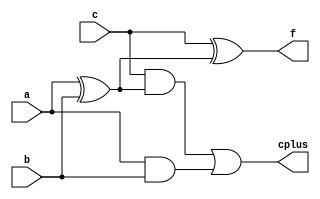
`timescale 1ns / 1ps
//////////////////////////////////////////////////////////////////////////////////
// Company: 
// Engineer: 
// 
// Design Name: 
// Module Name:    adder_module 
// Project Name: 
// Target Devices: 
// Tool versions: 
// Description: 
//
// Dependencies: 
//
// Revision: 
// Revision 0.01 - File Created
// Additional Comments: 
//
//////////////////////////////////////////////////////////////////////////////////
module adder_module(a,b,c,f,cplus);
	input a;
   input b;
   input c;
   output f;
   output cplus;
	 

	wire a,b,c,f,cplus ;
	wire d,e,g;
	
	xor u1(d,a,b);
	xor u2(f,c,d);
	and u3(e,a,b);
	and u4(g,c,d);
	or u5(cplus,g,e);
	
	//data stream
	//assign f = a ^ b ^ c ;
	//assign cplus = (a & b) || ((a ^ b) & c) ;

endmodule